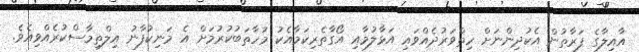
އާއިލާގެ ފަރާތުން އެކުދިންނަށް ހިތްވަރުދެއްވައި އަޅާލުމާއި އޯގާތެރިކަމާއެކު މުހާތަބުކުރުމަށް އެ މަނިކުފާނު އިލްތިމާސްކުރެއްވިއެވެ.